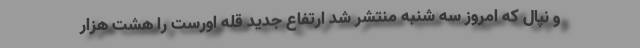
و نپال که امروز سه شنبه منتشر شد ارتفاع جدید قله اورست را هشت هزار